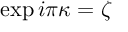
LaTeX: \exp i \pi \kappa = \zeta